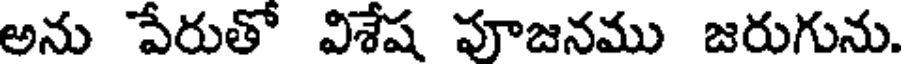
అను పేరుతో విశేష పూజనము జరుగును.